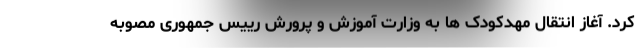
کرد. آغاز انتقال مهدکودک ها به وزارت آموزش و پرورش رییس جمهوری مصوبه